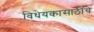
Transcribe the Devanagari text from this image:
विधेयकासाठीचे